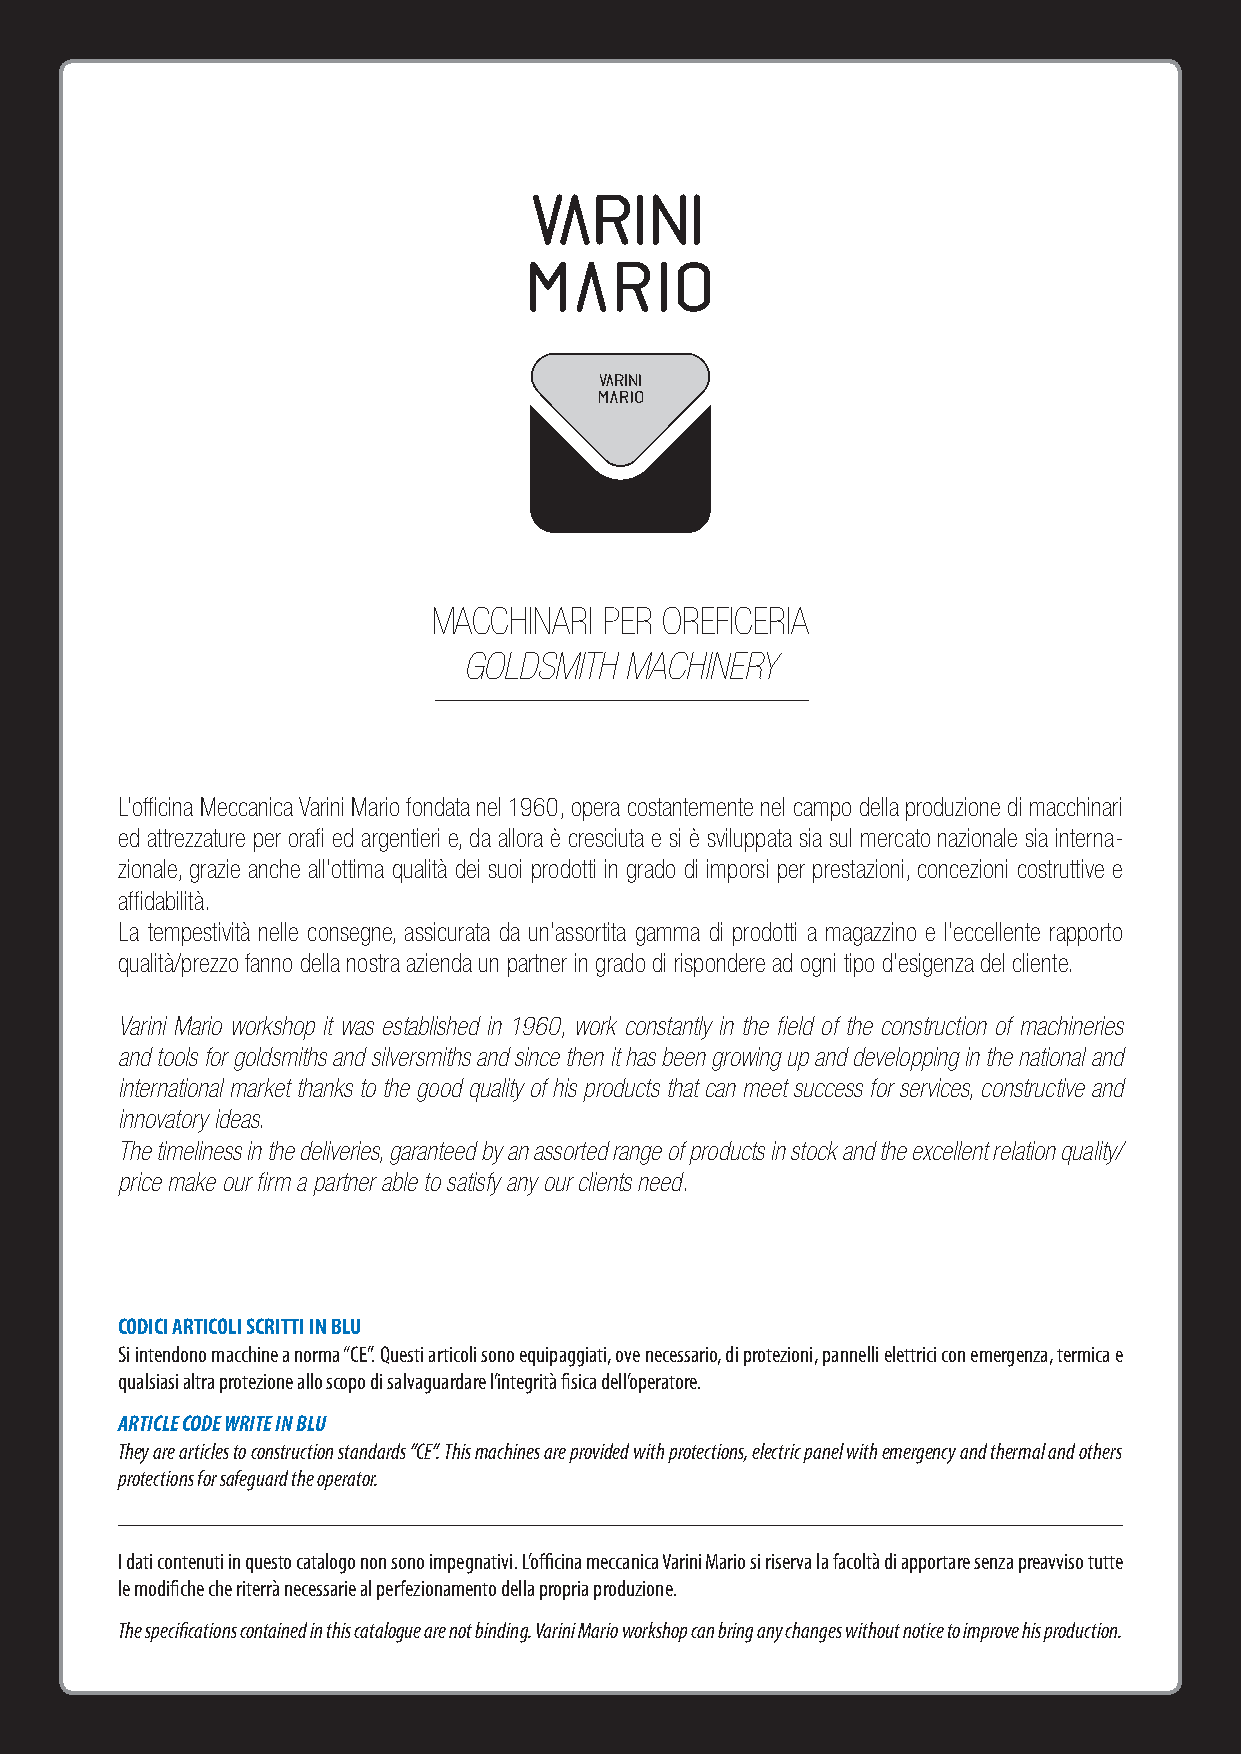
MACCHINARI PER OREFICERIA
 GOLDSMITH  MACHINERY
 L’officina Meccanica Varini Mario fondata nel 1960, opera costantemente nel campo della produzione di macchinari
 ed attrezzature per orafi ed argentieri e, da allora è cresciuta e si è sviluppata sia sul mercato nazionale sia interna-
 zionale, grazie anche all’ottima qualità dei suoi prodotti in grado di imporsi per prestazioni, concezioni costruttive e
 affidabilità.
 La tempestività nelle consegne, assicurata da un’assortita gamma di prodotti a magazzino e l’eccellente rapporto
 qualità/prezzo fanno della nostra azienda un partner in grado di rispondere ad ogni tipo d’esigenza del cliente.
 Varini Mario workshop it was established in 1960, work constantly in the field of the construction of machineries
 and tools for goldsmiths and silversmiths and since then it has been growing up and developping in the national and
 international market thanks to the good quality of his products that can meet success for services, constructive and
 innovatory ideas.
 The timeliness in the deliveries, garanteed by an assorted range of products in stock and the excellent relation quality/
 price make our firm a partner able to satisfy any our clients need.
 CODICI ARTICOLI SCRITTI IN BLU
 Si intendono macchine a norma “CE”. Questi articoli sono equipaggiati, ove necessario, di protezioni, pannelli elettrici con emergenza, termica e
 qualsiasi altra protezione allo scopo di salvaguardare l’integrità fisica dell’operatore.
 ARTICLE CODE WRITE IN BLU
 They are articles to construction standards “CE”. This machines are provided with protections, electric panel with emergency and thermal and others
 protections for safeguard the operator.
 I dati contenuti in questo catalogo non sono impegnativi. L’officina meccanica Varini Mario si riserva la facoltà di apportare senza preavviso tutte
 le modifiche che riterrà necessarie al perfezionamento della propria produzione.
 The specifications contained in this catalogue are not binding. Varini Mario workshop can bring any changes without notice to improve his production.
 Varini_catalogo_def2.indd 2                                            18/06/12 15:22